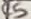
Text: C5